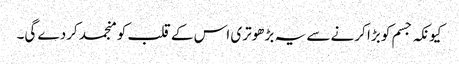
کیونکہ جسم کو بڑا کرنے سے یہ بڑھوتری اس کے قلب کو منجمد کردے گی۔